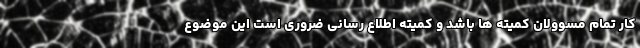
کار تمام مسوولان کمیته ها باشد و کمیته اطلاع رسانی ضروری است این موضوع